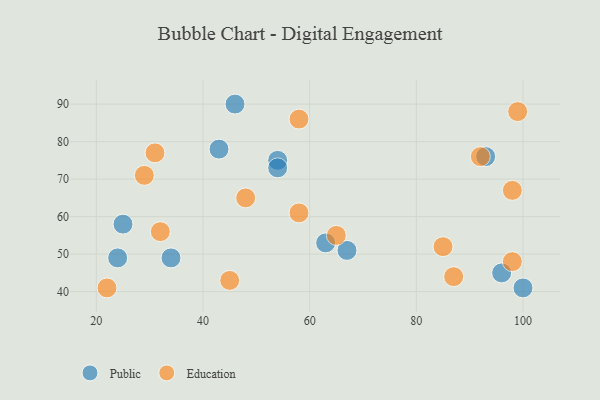
{"axis": {"x": "GDP", "y": "Life Expectancy"}, "legend": ["Education", "Public"], "data": [{"x": "24", "y": 49, "type": "Public"}, {"x": "34", "y": 49, "type": "Public"}, {"x": "100", "y": 41, "type": "Public"}, {"x": "93", "y": 76, "type": "Public"}, {"x": "96", "y": 45, "type": "Public"}, {"x": "63", "y": 53, "type": "Public"}, {"x": "54", "y": 75, "type": "Public"}, {"x": "25", "y": 58, "type": "Public"}, {"x": "67", "y": 51, "type": "Public"}, {"x": "46", "y": 90, "type": "Public"}, {"x": "54", "y": 73, "type": "Public"}, {"x": "43", "y": 78, "type": "Public"}, {"x": "98", "y": 67, "type": "Education"}, {"x": "65", "y": 55, "type": "Education"}, {"x": "92", "y": 76, "type": "Education"}, {"x": "22", "y": 41, "type": "Education"}, {"x": "48", "y": 65, "type": "Education"}, {"x": "85", "y": 52, "type": "Education"}, {"x": "58", "y": 61, "type": "Education"}, {"x": "98", "y": 48, "type": "Education"}, {"x": "29", "y": 71, "type": "Education"}, {"x": "87", "y": 44, "type": "Education"}, {"x": "45", "y": 43, "type": "Education"}, {"x": "99", "y": 88, "type": "Education"}, {"x": "31", "y": 77, "type": "Education"}, {"x": "32", "y": 56, "type": "Education"}, {"x": "58", "y": 86, "type": "Education"}]}